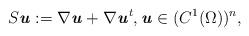
LaTeX: \begin{align*} S\textbf{\textit{u}}:=\nabla \textbf{\textit{u}} + \nabla \textbf{\textit{u}}^t, \textbf{\textit{u}} \in (C^1(\Omega))^n,\end{align*}